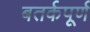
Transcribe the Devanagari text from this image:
बतर्कपूर्ण